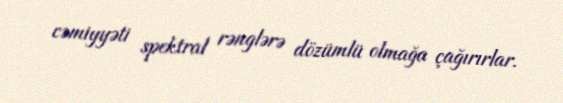
cəmiyyəti spektral rənglərə dözümlü olmağa çağırırlar.